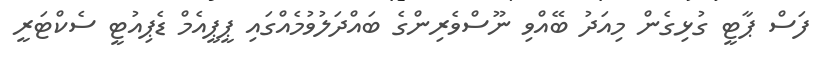
ފަސް ޕާޓީ ގުޅިގެން މިއަދު ބޭއްވި ނޫސްވެރިންގެ ބައްދަލުވުމެއްގައި ޕީޕީއެމް ޑެޕިއުޓީ ސެކްޓަރީ